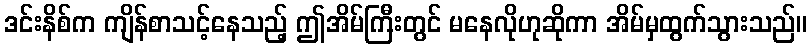
ဒင်းနိစ်က ကျိန်စာသင့်နေသည့် ဤအိမ်ကြီးတွင် မနေလိုဟုဆိုကာ အိမ်မှထွက်သွားသည်။